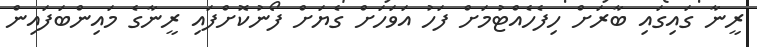
ރީނާ ގައިގައި ބާރަށް ހިފެހެއްޓުމަށް ފަހު އަވަހަށް ގެޔަށް ފޯނުކޮށްފައި ރީނާގެ މައިންބަފައިން